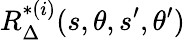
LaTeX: R_{\Delta}^{*(i)}(s,\theta,s^{\prime},\theta^{\prime})